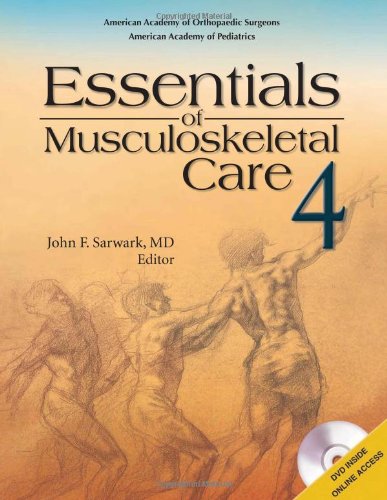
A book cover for Essentials of Musculoskeletal Care 4th edition; John F Sarwark MD; Medical Books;